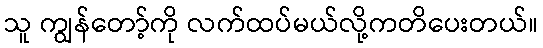
သူ ကျွန်တော့်ကို လက်ထပ်မယ်လို့ကတိပေးတယ်။